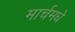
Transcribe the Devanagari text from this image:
मार्चमधे